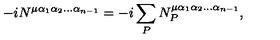
- i N ^ { \mu \alpha _ { 1 } \alpha _ { 2 } \ldots \alpha _ { n - 1 } } = - i \sum _ { P } N _ { P } ^ { \mu \alpha _ { 1 } \alpha _ { 2 } \ldots \alpha _ { n - 1 } } ,